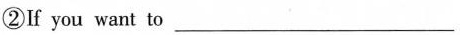
②If you want to ___